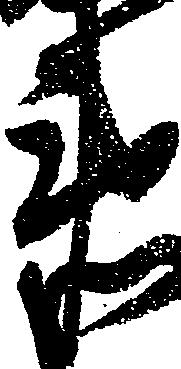
衛